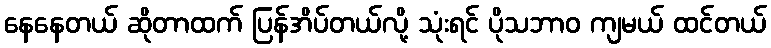
နေနေတယ် ဆိုတာထက် ပြန်အိပ်တယ်လို့ သုံးရင် ပိုသဘာဝ ကျမယ် ထင်တယ်